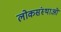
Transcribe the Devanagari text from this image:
लोकसंस्थाओं